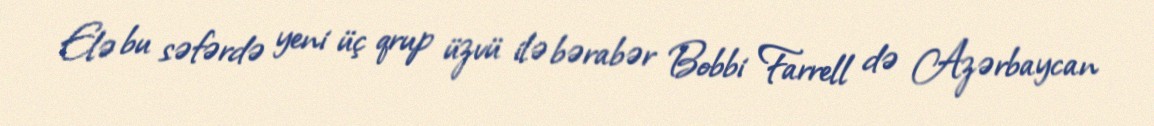
Elə bu səfərdə yeni üç qrup üzvü ilə bərabər Bobbi Farrell də Azərbaycan